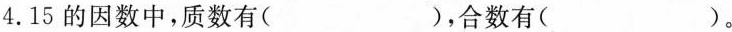
4.15的因数中，质数有( )，合数有( )。